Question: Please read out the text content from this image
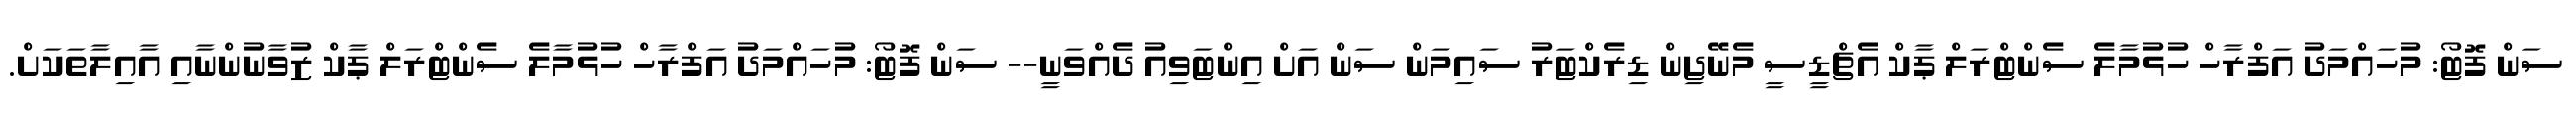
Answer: ސަން ފޮޓޯ: މުހައްމަދު އަފްރާހް ހުޅުމާލެ ސެންޓްރަލް ޕާކް އެޗްޑީސީ މެނޭޖިން ޑިރެކްޓަރު ސައިމަން ސަން އަށް އިންޓަވިއު ދެއްވަނީ-- ސަން ފޮޓޯ: މުހައްމަދު އަފްރާހް ހުޅުމާލެ ސެންޓްރަލް ޕާކް ޒުވާނުންނާއި އާއިލާތަކަށް.